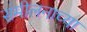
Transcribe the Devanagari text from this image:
संमीलनाच्या